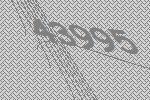
43995